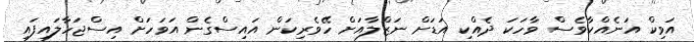
އަވިކް އަނެއްކާވެސް ވާހަކަ ދެއްކި އަޑަށް ނަޒްލާއަށް ހޭވެރިކަން އައިސްގެން އަވަހަށް އިސްޖަހާލައިފައި